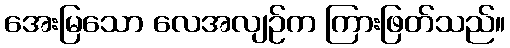
အေးမြသော လေအလျဉ်က ကြားဖြတ်သည်။